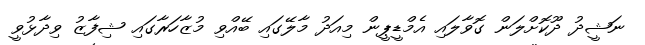
ނަޝީދު ދޫކޮށްލަން ގޮވާލައި އެމްޑީޕީން މިއަދު މާލޭގައި ބޭއްވި މުޒާހަރާގައި ޝިފާޒު ވިދާޅުވީ